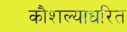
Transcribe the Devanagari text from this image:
कौशल्याधरित